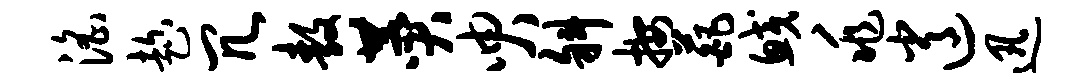
淫趁冗敖赞臾斜按葩鲛兆逍迅